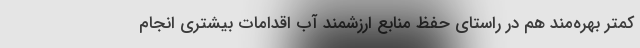
کمتر بهره‌مند هم در راستای حفظ منابع ارزشمند آب اقدامات بیشتری انجام